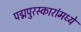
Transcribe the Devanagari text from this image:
पद्मपुरस्कारांमध्ये